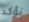
نؤكد